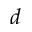
d